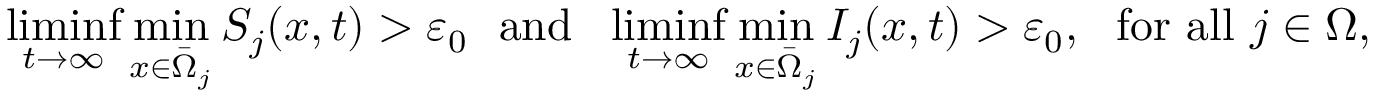
\operatorname* { l i m i n f } _ { t \to \infty } \operatorname* { m i n } _ { x \in \bar { \Omega } _ { j } } S _ { j } ( x , t ) > \varepsilon _ { 0 } \ \ \mathrm { a n d } \ \ \operatorname* { l i m i n f } _ { t \to \infty } \operatorname* { m i n } _ { x \in \bar { \Omega } _ { j } } I _ { j } ( x , t ) > \varepsilon _ { 0 } , \ \ \mathrm { f o r ~ a l l ~ } j \in \Omega ,